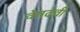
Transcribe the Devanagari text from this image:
वेगदेवी